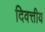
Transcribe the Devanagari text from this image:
दिवत्तीय